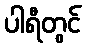
ပါရီတွင်